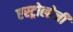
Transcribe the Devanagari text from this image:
एस्ट्रोलोजी